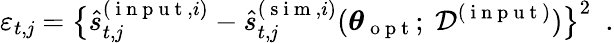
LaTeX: \varepsilon_{t,\mathit{j}}=\big\{ \hat{{s}}_{t,\mathit{j}}^{(\mathrm{{~i~n~p~u~t~}},i)}-\hat{{s}}_{t,\mathit{j}}^{(\mathrm{{~s~i~m~}},i)}(\boldsymbol{\theta}_{\mathrm{{~o~p~t~}}};~\mathcal{{D}}^{(\mathrm{{~i~n~p~u~t~}})})\big\} ^{2}\enspace.